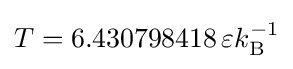
T=6.430798418\,\varepsilon k_{\mathrm {B} }^{-1}